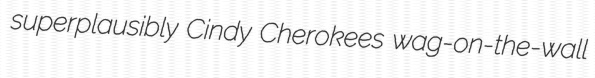
superplausibly Cindy Cherokees wag-on-the-wall